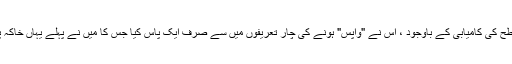
تاہم ، اس سطح کی کامیابی کے باوجود ، اس نے "واپس" ہونے کی چار تعریفوں میں سے صرف ایک پاس کیا جس کا میں نے پہلے یہاں خاکہ پیش کیا تھا۔